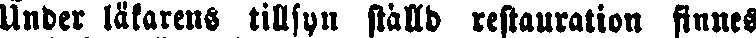
Under läkarens tillsyn ställd restauration finnes